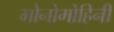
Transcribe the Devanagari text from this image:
मोनोमोहिनी